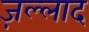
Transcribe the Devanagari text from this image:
ज़ल्लाद